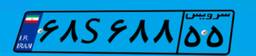
۶۸S۶۸۸۵۵